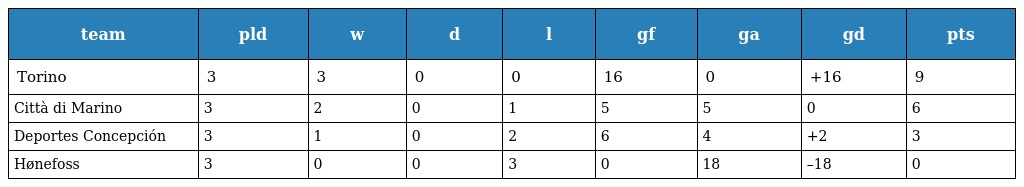
| team | pld | w | d | l | gf | ga | gd | pts |
 | --- | --- | --- | --- | --- | --- | --- | --- | --- |
 | Torino | 3 | 3 | 0 | 0 | 16 | 0 | +16 | 9 |
 | Città di Marino | 3 | 2 | 0 | 1 | 5 | 5 | 0 | 6 |
 | Deportes Concepción | 3 | 1 | 0 | 2 | 6 | 4 | +2 | 3 |
 | Hønefoss | 3 | 0 | 0 | 3 | 0 | 18 | –18 | 0 |